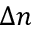
\Delta n